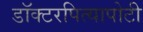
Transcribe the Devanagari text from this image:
डॉक्टरपित्यापोटी